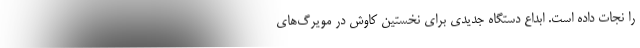
را نجات داده است. ابداع دستگاه جدیدی برای نخستین کاوش در مویرگ‌های